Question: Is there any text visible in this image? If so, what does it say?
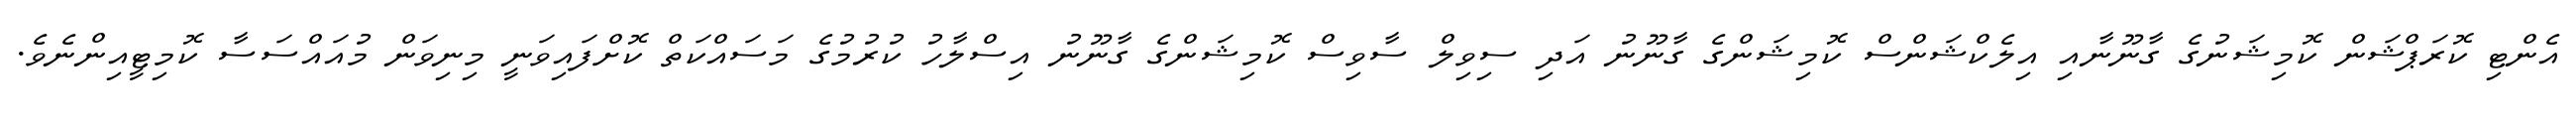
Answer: އެންޓި ކޮރަޕްޝަން ކޮމިޝަނުގެ ގާނޫނާއި އިލެކްޝަންސް ކޮމިޝަންގެ ގާނޫނު އަދި ސިވިލް ސާވިސް ކޮމިޝަންގެ ގާނޫނު އިސްލާހު ކުރުމުގެ މަސައްކަތް ކޮށްފައިވަނީ މިނިވަން މުއައްސަސާ ކޮމިޓީއިންނެވެ.